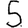
Digit: 5